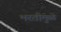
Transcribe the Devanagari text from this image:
भरतीमुळे